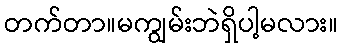
တက်တာ။မကျွမ်းဘဲရှိပါ့မလား။